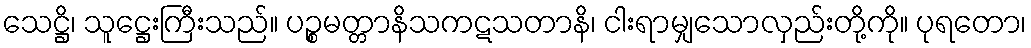
သေဋ္ဌိ၊ သူဋ္ဌေးကြီးသည်။ ပဉ္စမတ္တာနိသကဋသတာနိ၊ ငါးရာမျှသောလှည်းတို့ကို။ ပုရတော၊